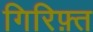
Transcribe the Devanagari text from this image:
गिरिफ़्त